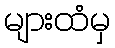
များထံမှ